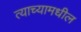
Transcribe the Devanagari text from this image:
त्याच्यामधील